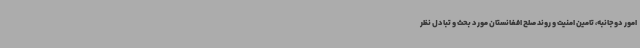
امور دوجانبه، تامین امنیت و روند صلح افغانستان مورد بحث و تبادل نظر